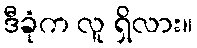
ဒီခုံက လူ ရှိလား။